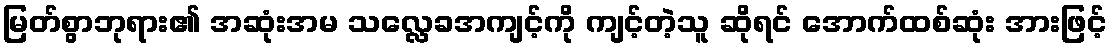
မြတ်စွာဘုရား၏ အဆုံးအမ သလ္လေခအကျင့်ကို ကျင့်တဲ့သူ ဆိုရင် အောက်ထစ်ဆုံး အားဖြင့်